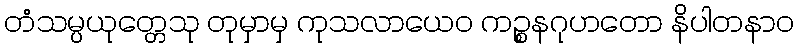
တံသမ္ပယုတ္တေသု တုမှာမှ ကုသလာယေဝ ကဉ္စနဂုဟတော နိပါတနာဝ